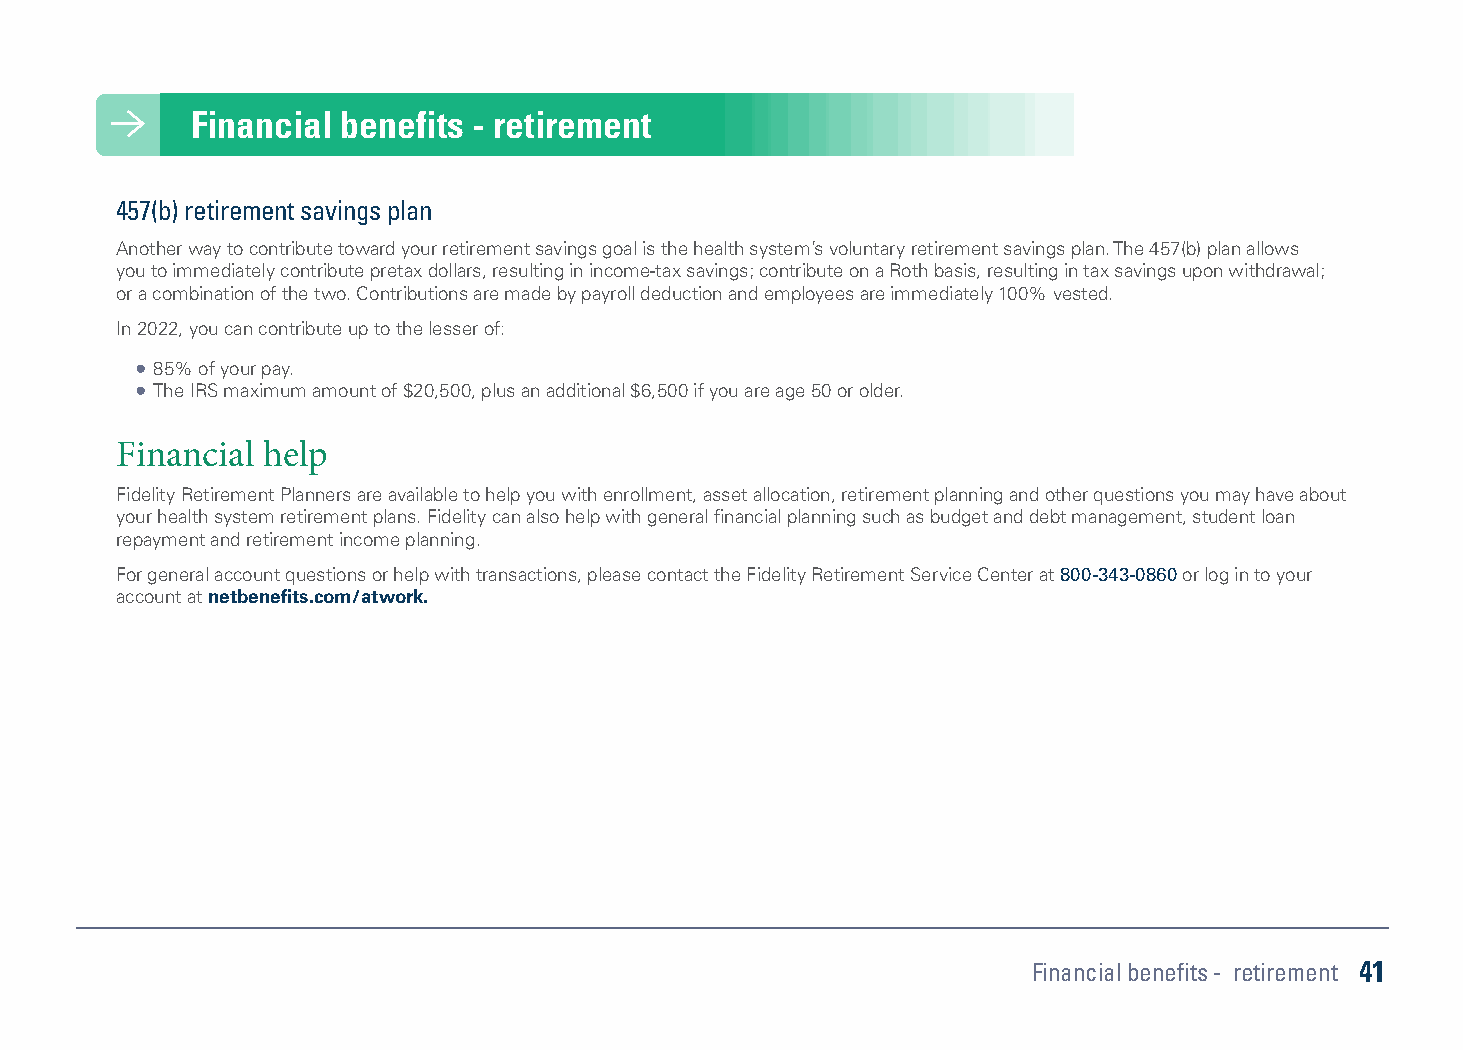
Financial benefits - retirement Financial benefits - retirement
 When it comes to your personal well-being, your financial peace of mind is very important. These benefits protect you 457(b) retirement savings plan
 and your family and help you plan for your future.
 Another way to contribute toward your retirement savings goal is the health system’s voluntary retirement savings plan. The 457(b) plan allows
 you to immediately contribute pretax dollars, resulting in income-tax savings; contribute on a Roth basis, resulting in tax savings upon withdrawal;
 or a combination of the two. Contributions are made by payroll deduction and employees are immediately 100% vested.
 Retirement savings plans
 In 2022, you can contribute up to the lesser of:
 Saving for retirement can help you achieve overall financial wellness. Even small contributions will have big payoffs over time. Saving through the
 health system’s two retirement savings plans is a great way to accumulate money for a secure retirement. Both retirement plans offer the opportunity • 85% of your pay.
 for a lower tax bill today and tax-deferred investment growth. • The IRS maximum amount of $20,500, plus an additional $6,500 if you are age 50 or older.
 Fidelity Investments is the service provider for the 401(a) and 457(b) retirement plans. With their innovative digital tools, you have convenient access
 to your accounts, robust education to help you save, excellent customer service and expert financial advising. Financial help
 401(a) retirement savings plan Fidelity Retirement Planners are available to help you with enrollment, asset allocation, retirement planning and other questions you may have about
 your health system retirement plans. Fidelity can also help with general financial planning such as budget and debt management, student loan
 The health system provides a 401(a) retirement savings plan to which both you and the health system contribute. Employees are eligible to participate repayment and retirement income planning.
 upon hiring, and you are automatically enrolled if you are in a benefit-eligible position (0.5 FTE or above). The contribution amounts from you and the
 For general account questions or help with transactions, please contact the Fidelity Retirement Service Center at 800-343-0860 or log in to your
 health system are based on your years of service. Employee contributions are pretax, reducing income taxes, and are made by payroll deduction.
 account at netbenefits.com/atwork.
 You always own your contributions; your ownership of the health system’s contributions vest after three years of service. One year of service is credited
 for each year in which you work at least 1,000 hours.
 Years of service Employee contributions Health system contributions
 0 to 4 4% 3%
 5 to 9 4% 4%
 10 to 14 4% 5%
 15 to 19 4% 6%
 20 or more 5.5% 8.5%
 Financial benefits - retirement 41